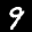
Label: 9